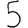
Digit: 5